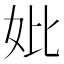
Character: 妣